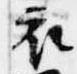
衣